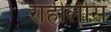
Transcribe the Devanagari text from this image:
राहीलीस